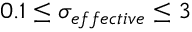
0 . 1 \leq \sigma _ { e f f e c t i v e } \leq 3